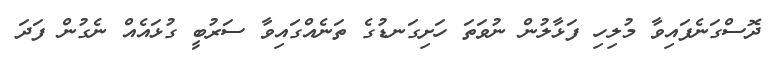
ދޮސްގަނެފައިވާ މުލިހި ފަޅާލުން ނުވަތަ ހަށިގަނޑުގެ ތަނެއްގައިވާ ސަރުބީ ގުޅައެއް ނެގުން ފަދަ